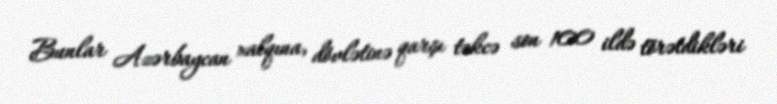
Bunlar Azərbaycan xalqına, dövlətinə qarşı təkcə son 100 ildə törətdikləri